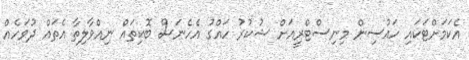
އެކަމަށްޓަކައި ހައުސިން މިނިސްޓްރީއަށް ޝުކުރު ހައްގު އެހެނަސް ބޮކިތައް ނިއްވާލިތާ އެތައް ދުވަހެއް